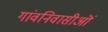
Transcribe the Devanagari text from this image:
गांवनिवासीऒं